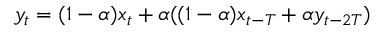
y _ { t } = ( 1 - \alpha ) x _ { t } + \alpha ( ( 1 - \alpha ) x _ { t - T } + \alpha y _ { t - 2 T } )